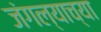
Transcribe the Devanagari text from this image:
जंगल्याच्या